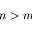
n > m